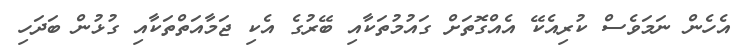
އެހެން ނަަމަވެސް ކުރިއެކޭ އެއްގޮތަށް ގައުމުތަކާއި ބޭރުގެ އެކި ޖަމާއަތްތަކާއި ގުޅުން ބަދަހި